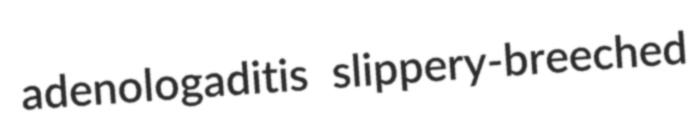
adenologaditis slippery-breeched